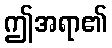
ဤအရာ၏